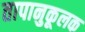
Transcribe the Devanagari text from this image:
तापानुकूलक